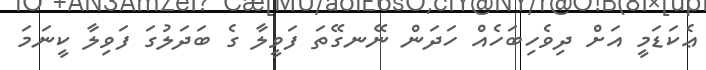
ޢެކަޑަމީ އަށް ދިވެހިބަހެއް ހަދަން ނޭނގޭތަ ފަވީލާ ގެ ބަދަލުގަ ފަވިލާ ކީނަމަ